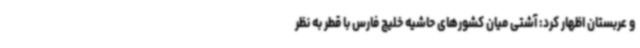
و عربستان اظهار کرد: آشتی میان کشورهای حاشیه خلیج فارس با قطر به نظر